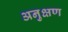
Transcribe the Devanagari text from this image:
अनुक्षण